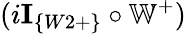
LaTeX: (i\textbf{I}_{\{ W2+\} }\circ\mathbb{W}^{+})